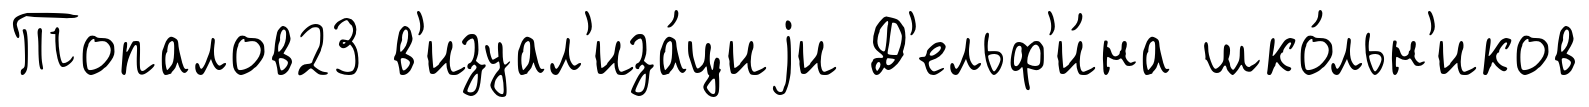
Топалов23 в'изуал'иза́циjи Д'ельф'и́на шко́льн'иков